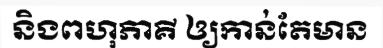
និងពហុភាគី ឲ្យកាន់តែមាន